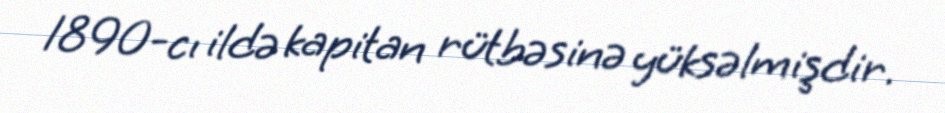
1890-cı ildə kapitan rütbəsinə yüksəlmişdir.